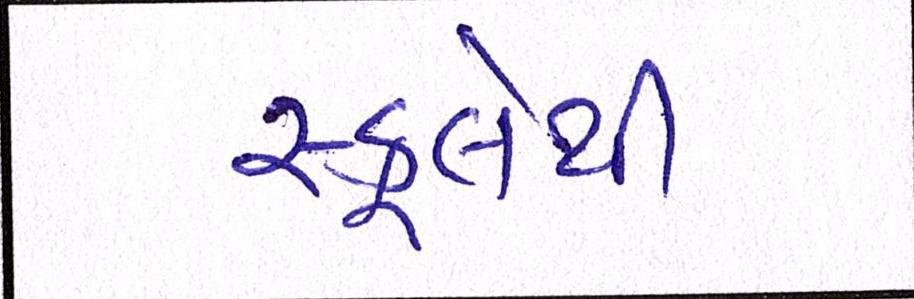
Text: સ્કૂલેથી